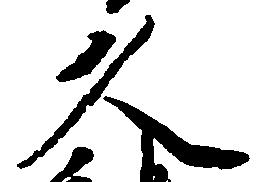
久